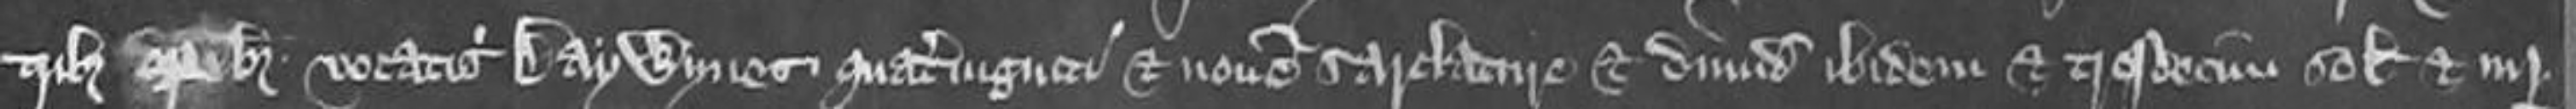
tribus operibus vocatis Daywynes quaterviginti et novem sarclature et dimidium ibidem et tresdecim solidos et iiij